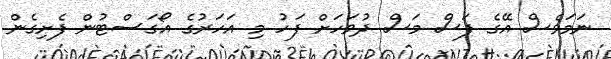
ނަމަވެސް އޭގެ ފަސް މަސް ދުވަހަށް ފަހު މި އަހަރުގެ އޯގަސްޓުން ފެށިގެން